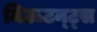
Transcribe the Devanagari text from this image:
मिऊटन्ट्स